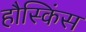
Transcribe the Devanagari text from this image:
हौस्किंस